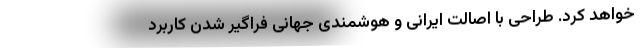
خواهد کرد. طراحی با اصالت ایرانی و هوشمندی جهانی فراگیر شدن کاربرد